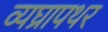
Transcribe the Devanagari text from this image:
व्यघ्रापथर